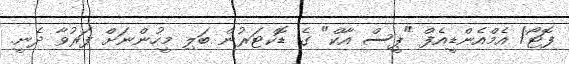
ފޮޓޯ/ އެމްއެންޑީއެފް "ޕީސް އާކް" ގެ ޑޮކްޓަރުން ބަލި މީހުންނަށް ފަރުވާ ދެނީ.